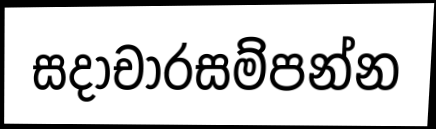
සදාචාරසම්පන්න